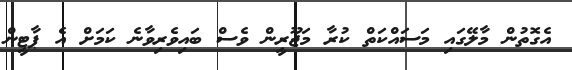
އެގޮތުން މާލޭގައި މަސައްކަތް ކުރާ މަޖޫރީން ވެސް ބައިވެރިވާނެ ކަމަށް އެ ޕާޓީން